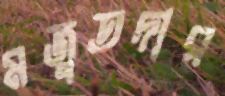
মজুতদার